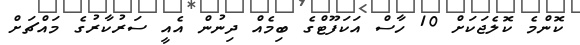
ކޮންމެ ކޮލެޖަކަށް 10 ހާސް އަކަފޫޓްގެ ބިމެއް ދިނުން އެއީ ސަރުކާރުގެ މައްޗަށް